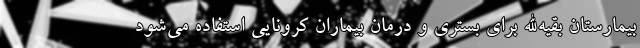
بیمارستان بقیه‌الله برای بستری و درمان بیماران کرونایی استفاده می‌شود